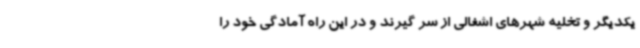
یکدیگر و تخلیه شهرهای اشغالی از سر گیرند و در این راه آمادگی خود را